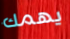
يهمك